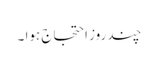
چند روز احتجاج ہوا ۔